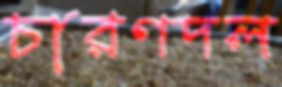
চারণদল